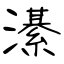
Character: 濝